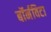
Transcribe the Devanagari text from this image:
बॉर्नविटा